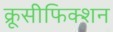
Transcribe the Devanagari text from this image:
क्रूसीफिक्शन